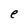
Character: e